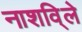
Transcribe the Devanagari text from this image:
नाशवि्ले